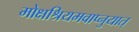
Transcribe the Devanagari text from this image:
मोक्षश्रियमवाप्नुयात्